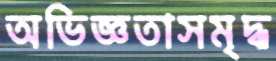
অভিজ্ঞতাসমৃদ্ধ